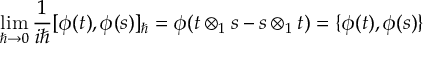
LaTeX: \operatorname * { l i m } _ { \hbar \to 0 } \frac { 1 } { i \hbar } [ \phi ( t ) , \phi ( s ) ] _ { \hbar } = \phi ( t \otimes _ { 1 } s - s \otimes _ { 1 } t ) = \{ \phi ( t ) , \phi ( s ) \}